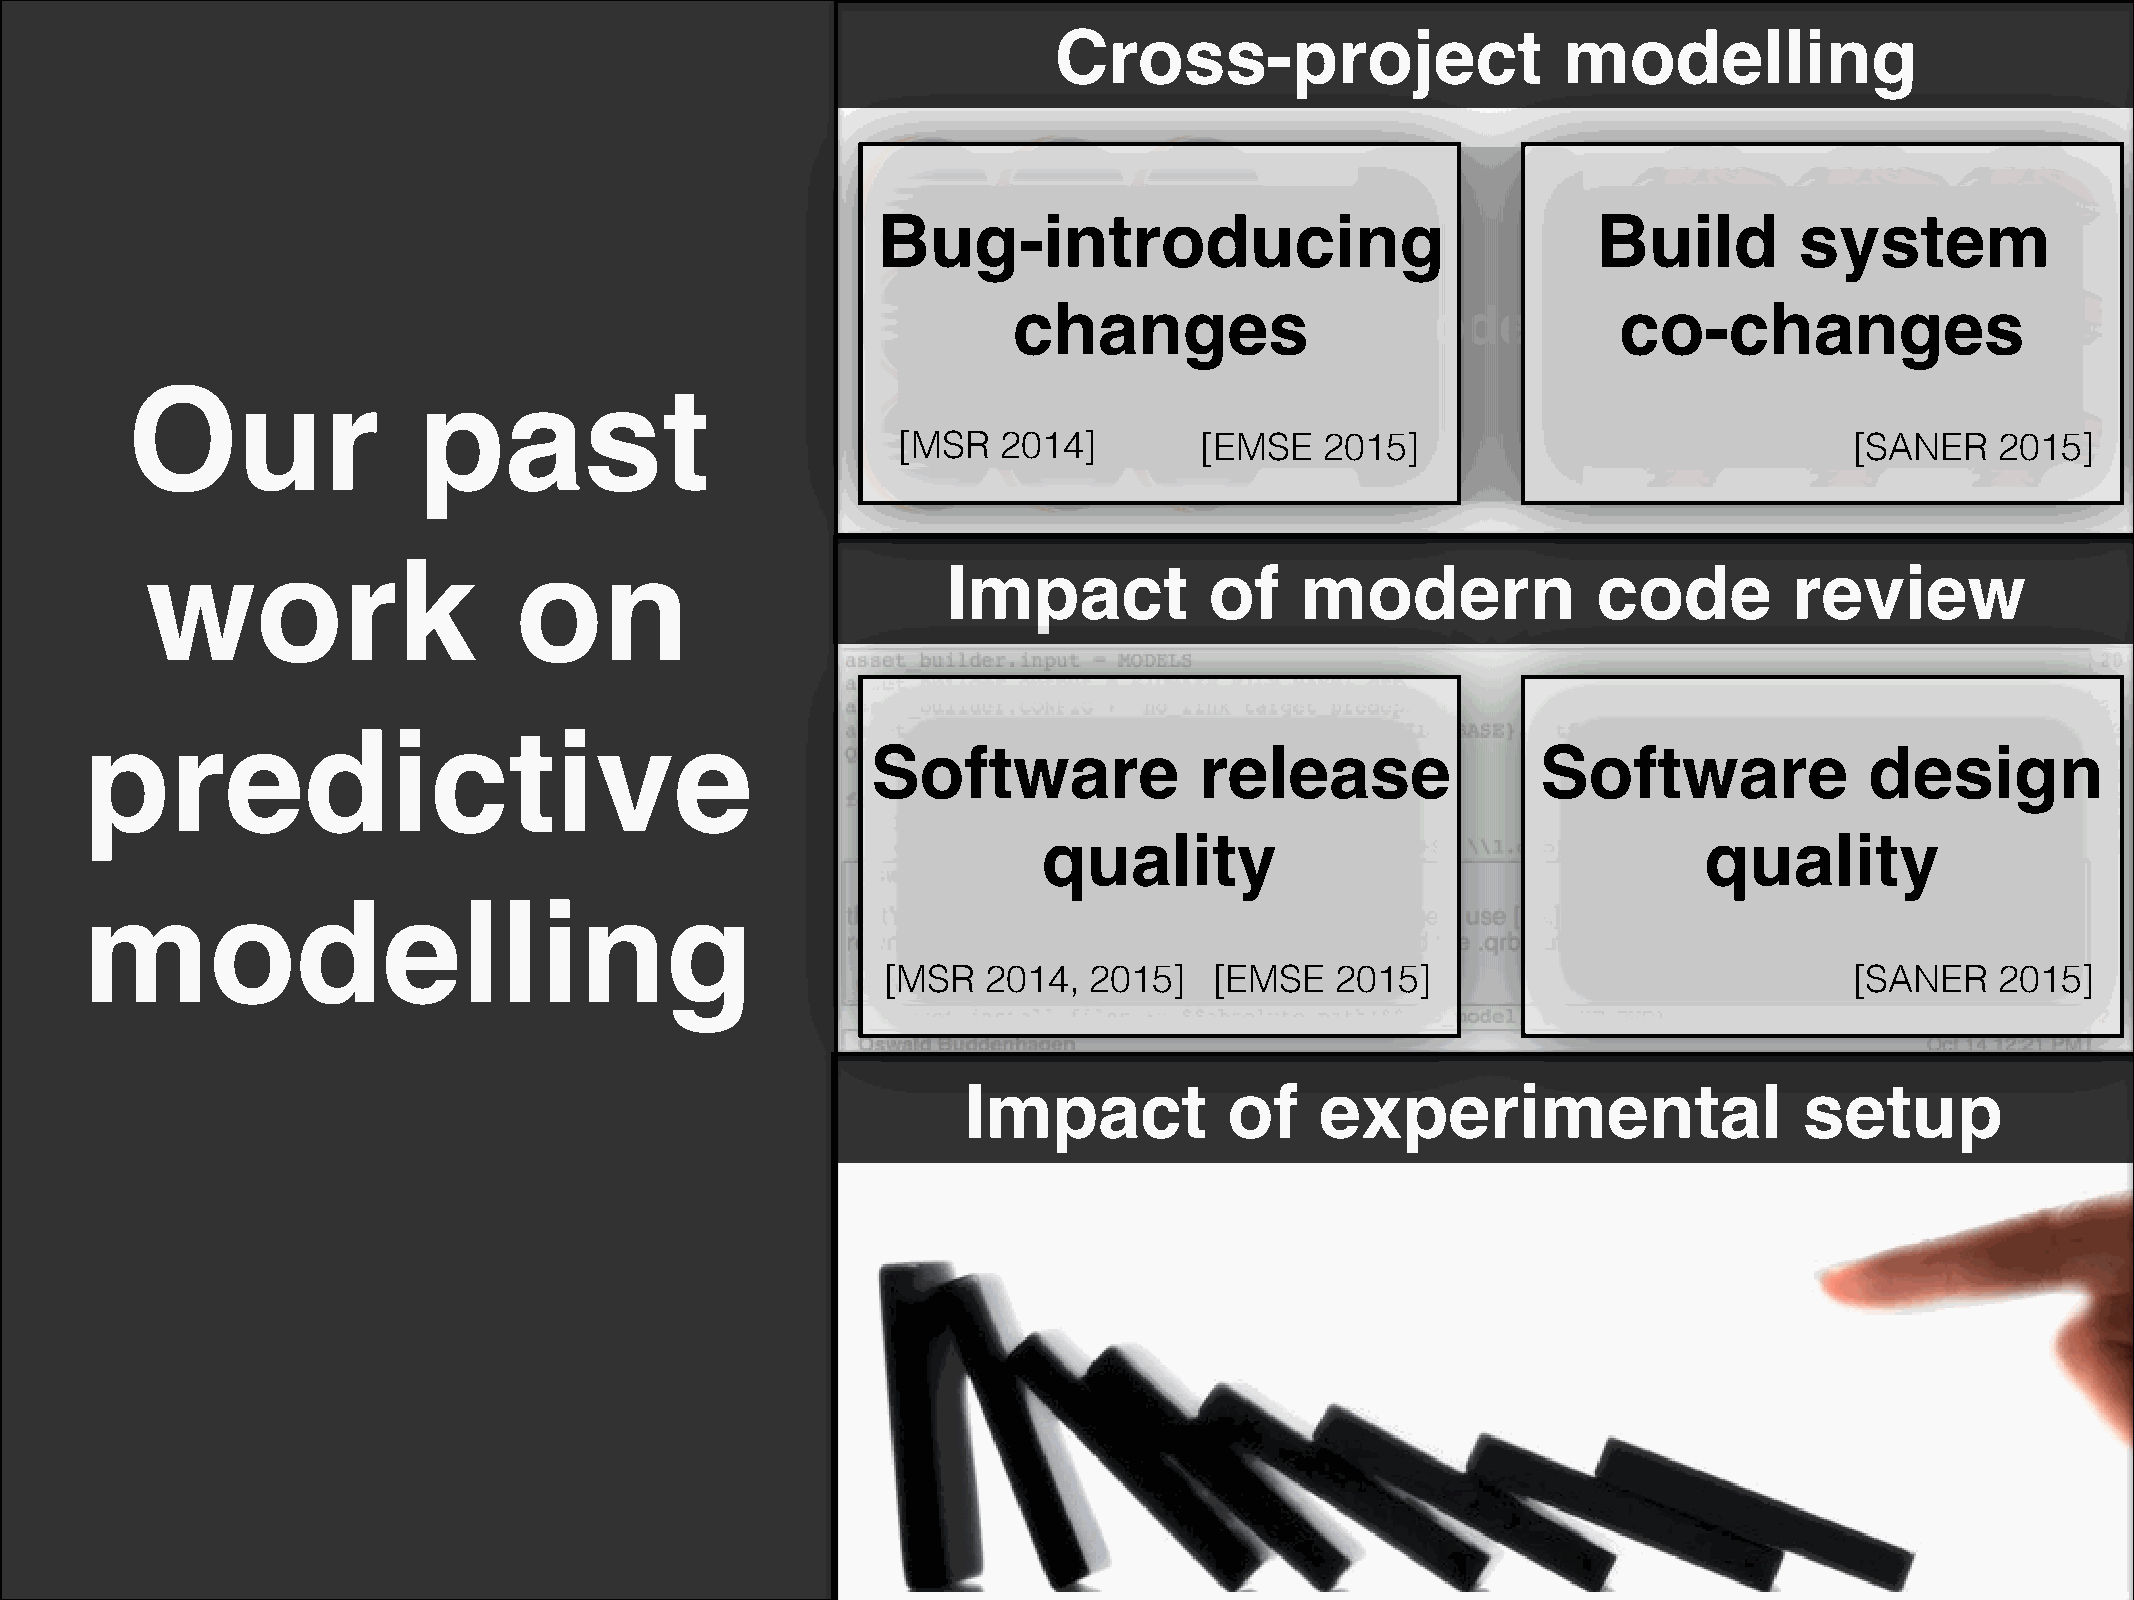
Cross-project                    modelling
 Bug-introducing                                 Build        system
 chTaraninges             Model          coT-ecsht    anges
 Our                 past
 [MSR   2014]        [EMSE    2015]                              [SANER   2015]
 work                    on
 Impact           of    modern              code         review
 predictive
 Software             release                Software              design
 quality                                     quality
 modelling
 [MSR   2014,  2015]   [EMSE   2015]                              [SANER   2015]
 Impact           of    experimental                    setup